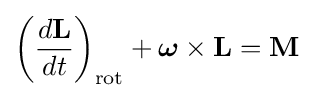
\left({\frac {d\mathbf {L} }{dt}}\right)_{\mathrm {rot} }+{\boldsymbol {\omega }}\times \mathbf {L} =\mathbf {M}